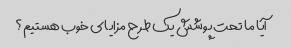
آیا ما تحت پوشش یک طرح مزایای خوب هستیم؟